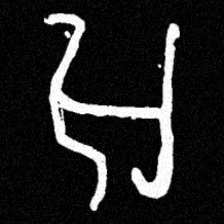
Pyu character \u2014 Myanmar letter: အ (romanized: a)